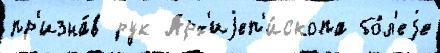
пр'изна́в рук Арх'иjеп'и́скопа бо́л'еjе